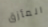
المأزق